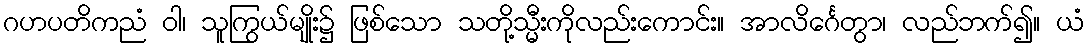
ဂဟပတိကညံ ဝါ၊ သူကြွယ်မျိုး၌ ဖြစ်သော သတို့သ္မီးကိုလည်းကောင်း။ အာလိင်္ဂေတွာ၊ လည်ဘက်၍။ ယံ